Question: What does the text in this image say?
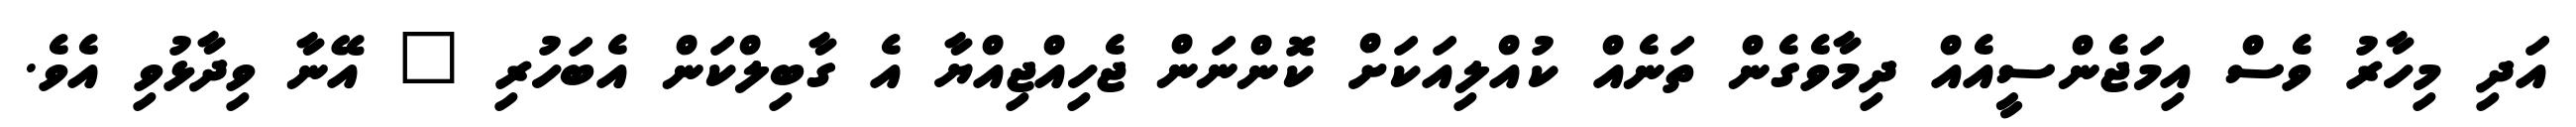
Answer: އަދި މިހާރު ވެސް އިމަޖެންސީއެއް ދިމާވެގެން ތަނެއް ކުއްލިއަކަށް ކޮންނަން ޖެހިއްޖިއްޔާ އެ ގާބިލްކަން އެބަހުރި " އޭނާ ވިދާޅުވި އެވެ.